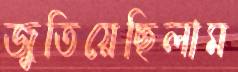
জুতিয়েছিলাম